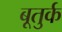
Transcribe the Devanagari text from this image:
बूतुर्क